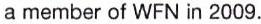
a member of WFN in 2009.